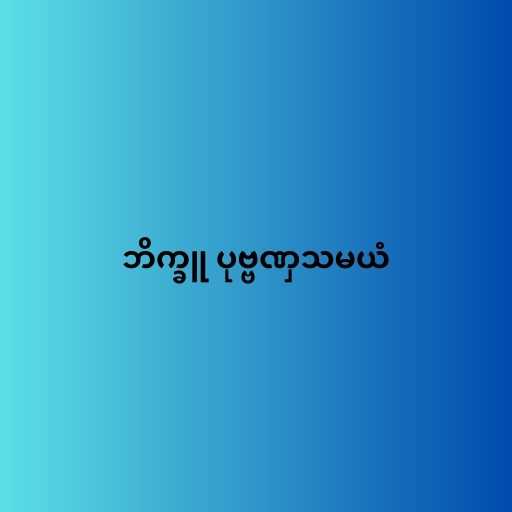
ဘိက္ခူ ပုဗ္ဗဏှသမယံ